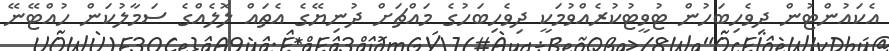
އެކައުންޓުން ދިވެހިބަހުން ޓުވީޓުކުރެއްވުމަކީ ދިވެހިބަހުގެ މައްޗަށް ދުނިޔޭގެ އެތައް ލޮލެއްގެ ސަމާލުކަން ހުއްޓޭނޭ